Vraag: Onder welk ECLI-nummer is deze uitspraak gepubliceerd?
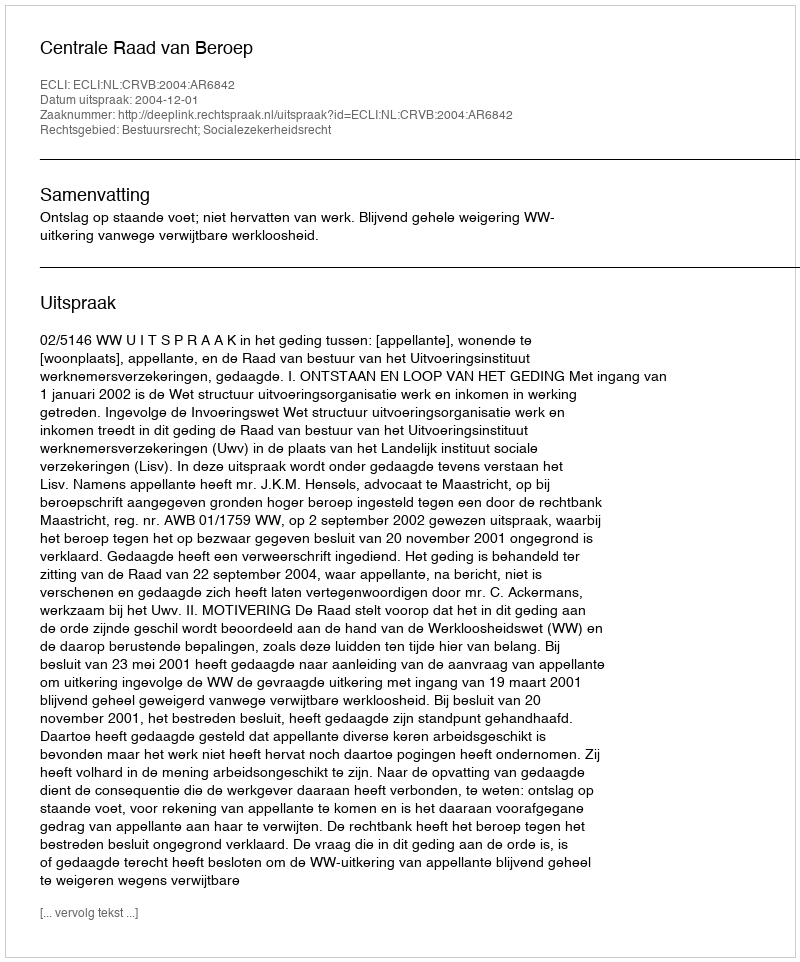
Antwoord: ECLI:NL:CRVB:2004:AR6842